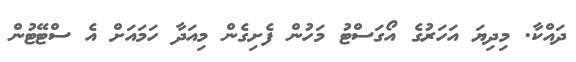
ދައްކާ. މިދިޔަ އަހަރުގެ އޯގަސްޓު މަހުން ފެށިގެން މިއަދާ ހަމައަށް އެ ސްޓޭޓުން